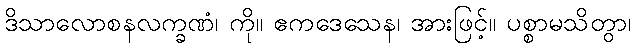
ဒိသာလောစနလက္ခဏံ၊ ကို။ ဧကဒေသေန၊ အားဖြင့်။ ပစ္စာမသိတွာ၊